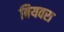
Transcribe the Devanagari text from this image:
बियवरा